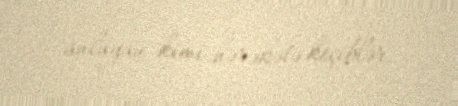
anlayan kimi hərəkətə keçiblər.